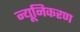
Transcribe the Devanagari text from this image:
न्यूनिकरण